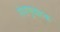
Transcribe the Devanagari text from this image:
रोग़ाणुवाहक